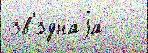
зв'́зднаjа